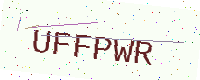
Text: UFFPWR